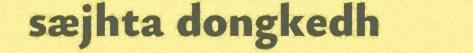
sæjhta dongkedh